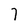
Character: 7